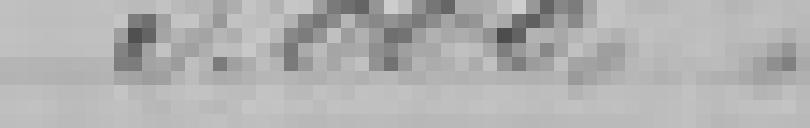
3.000